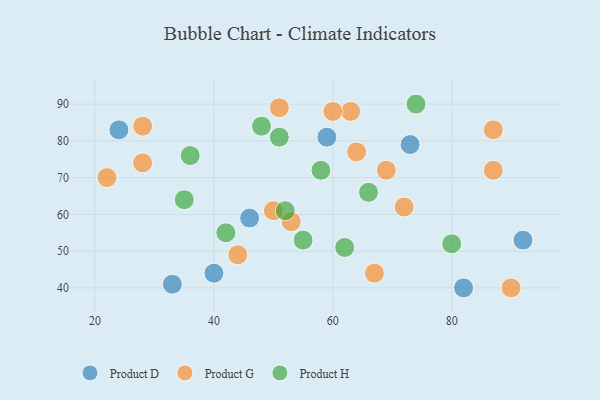
{"axis": {"x": "GDP", "y": "Life Expectancy"}, "legend": ["Product D", "Product G", "Product H"], "data": [{"x": "40", "y": 44, "type": "Product D"}, {"x": "33", "y": 41, "type": "Product D"}, {"x": "82", "y": 40, "type": "Product D"}, {"x": "92", "y": 53, "type": "Product D"}, {"x": "59", "y": 81, "type": "Product D"}, {"x": "24", "y": 83, "type": "Product D"}, {"x": "46", "y": 59, "type": "Product D"}, {"x": "73", "y": 79, "type": "Product D"}, {"x": "72", "y": 62, "type": "Product G"}, {"x": "22", "y": 70, "type": "Product G"}, {"x": "63", "y": 88, "type": "Product G"}, {"x": "28", "y": 84, "type": "Product G"}, {"x": "87", "y": 83, "type": "Product G"}, {"x": "50", "y": 61, "type": "Product G"}, {"x": "60", "y": 88, "type": "Product G"}, {"x": "64", "y": 77, "type": "Product G"}, {"x": "53", "y": 58, "type": "Product G"}, {"x": "67", "y": 44, "type": "Product G"}, {"x": "90", "y": 40, "type": "Product G"}, {"x": "51", "y": 89, "type": "Product G"}, {"x": "44", "y": 49, "type": "Product G"}, {"x": "28", "y": 74, "type": "Product G"}, {"x": "69", "y": 72, "type": "Product G"}, {"x": "87", "y": 72, "type": "Product G"}, {"x": "74", "y": 90, "type": "Product H"}, {"x": "55", "y": 53, "type": "Product H"}, {"x": "36", "y": 76, "type": "Product H"}, {"x": "48", "y": 84, "type": "Product H"}, {"x": "80", "y": 52, "type": "Product H"}, {"x": "52", "y": 61, "type": "Product H"}, {"x": "66", "y": 66, "type": "Product H"}, {"x": "62", "y": 51, "type": "Product H"}, {"x": "42", "y": 55, "type": "Product H"}, {"x": "51", "y": 81, "type": "Product H"}, {"x": "35", "y": 64, "type": "Product H"}, {"x": "58", "y": 72, "type": "Product H"}]}